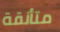
متأنقة